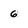
Character: 6